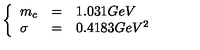
\left\{ \begin{array} { l l l } { m _ { c } } & { = } & { 1 . 0 3 1 G e V } \\ { \sigma } & { = } & { 0 . 4 1 8 3 G e V ^ { 2 } } \\ \end{array} \right.